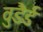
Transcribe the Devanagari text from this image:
वुडैर्ड